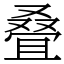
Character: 叠